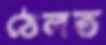
ঠেলত